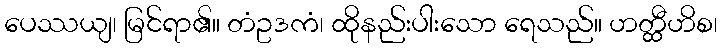
ပေဿယျ၊ မြင်ရာ၏။ တံဥဒကံ၊ ထိုနည်းပါးသော ရေသည်။ ဟတ္ထီဟိစ၊